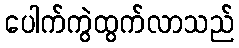
ပေါက်ကွဲထွက်လာသည်